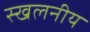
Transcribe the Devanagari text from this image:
स्खलनीय